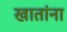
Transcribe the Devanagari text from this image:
खातांना